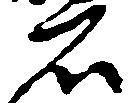
石